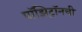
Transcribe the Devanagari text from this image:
पॉझिट्रॉनची